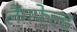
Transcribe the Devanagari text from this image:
लैंगफेल्ड